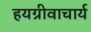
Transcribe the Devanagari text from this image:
हयग्रीवाचार्य